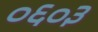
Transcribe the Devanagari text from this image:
०६०३